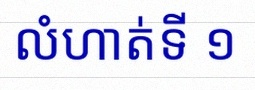
លំហាត់ទី ១